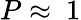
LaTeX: P\approx~1